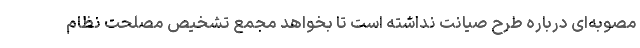
مصوبه‌ای درباره طرح صیانت نداشته است تا بخواهد مجمع تشخیص مصلحت نظام